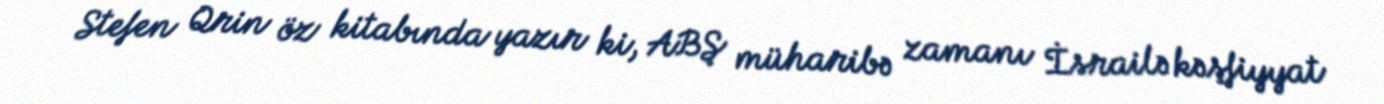
Stefen Qrin öz kitabında yazır ki, ABŞ müharibə zamanı İsrailə kəşfiyyat